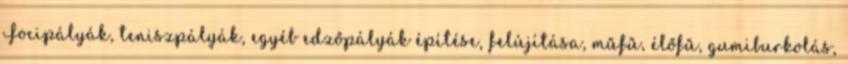
Focipályák, teniszpályák, egyéb edzőpályák építése, felújítása, műfű, élőfű, gumiburkolás,